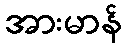
အားမာန်